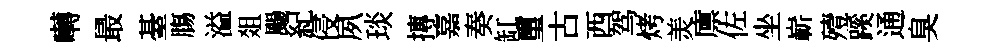
囀最䑓膓溢爼颺紀侵夙琰摶嘉奏缸璽古西驾烤羙廪佐坐嶄殪蹊通臭